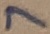
Text: 7